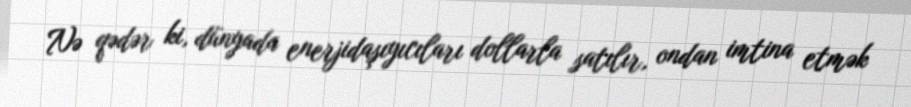
Nə qədər ki, dünyada enerjidaşıyıcıları dollarla satılır, ondan imtina etmək